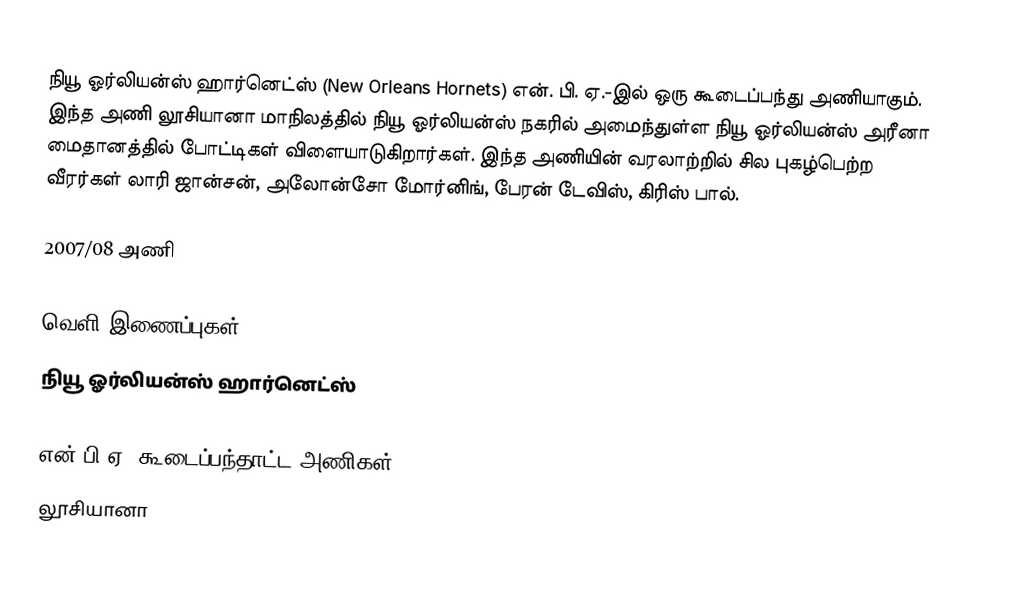
நியூ ஓர்லியன்ஸ் ஹார்னெட்ஸ் (New Orleans Hornets) என். பி. ஏ.-இல் ஒரு கூடைப்பந்து அணியாகும். இந்த அணி லூசியானா மாநிலத்தில் நியூ ஓர்லியன்ஸ் நகரில் அமைந்துள்ள  நியூ ஓர்லியன்ஸ் அரீனா மைதானத்தில் போட்டிகள் விளையாடுகிறார்கள். இந்த அணியின் வரலாற்றில் சில புகழ்பெற்ற வீரர்கள் லாரி ஜான்சன், அலோன்சோ மோர்னிங், பேரன் டேவிஸ், கிரிஸ் பால்.

2007/08 அணி

வெளி இணைப்புகள்
 நியூ ஓர்லியன்ஸ் ஹார்னெட்ஸ்

என்.பி.ஏ. கூடைப்பந்தாட்ட அணிகள்
லூசியானா